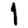
Digit: 1